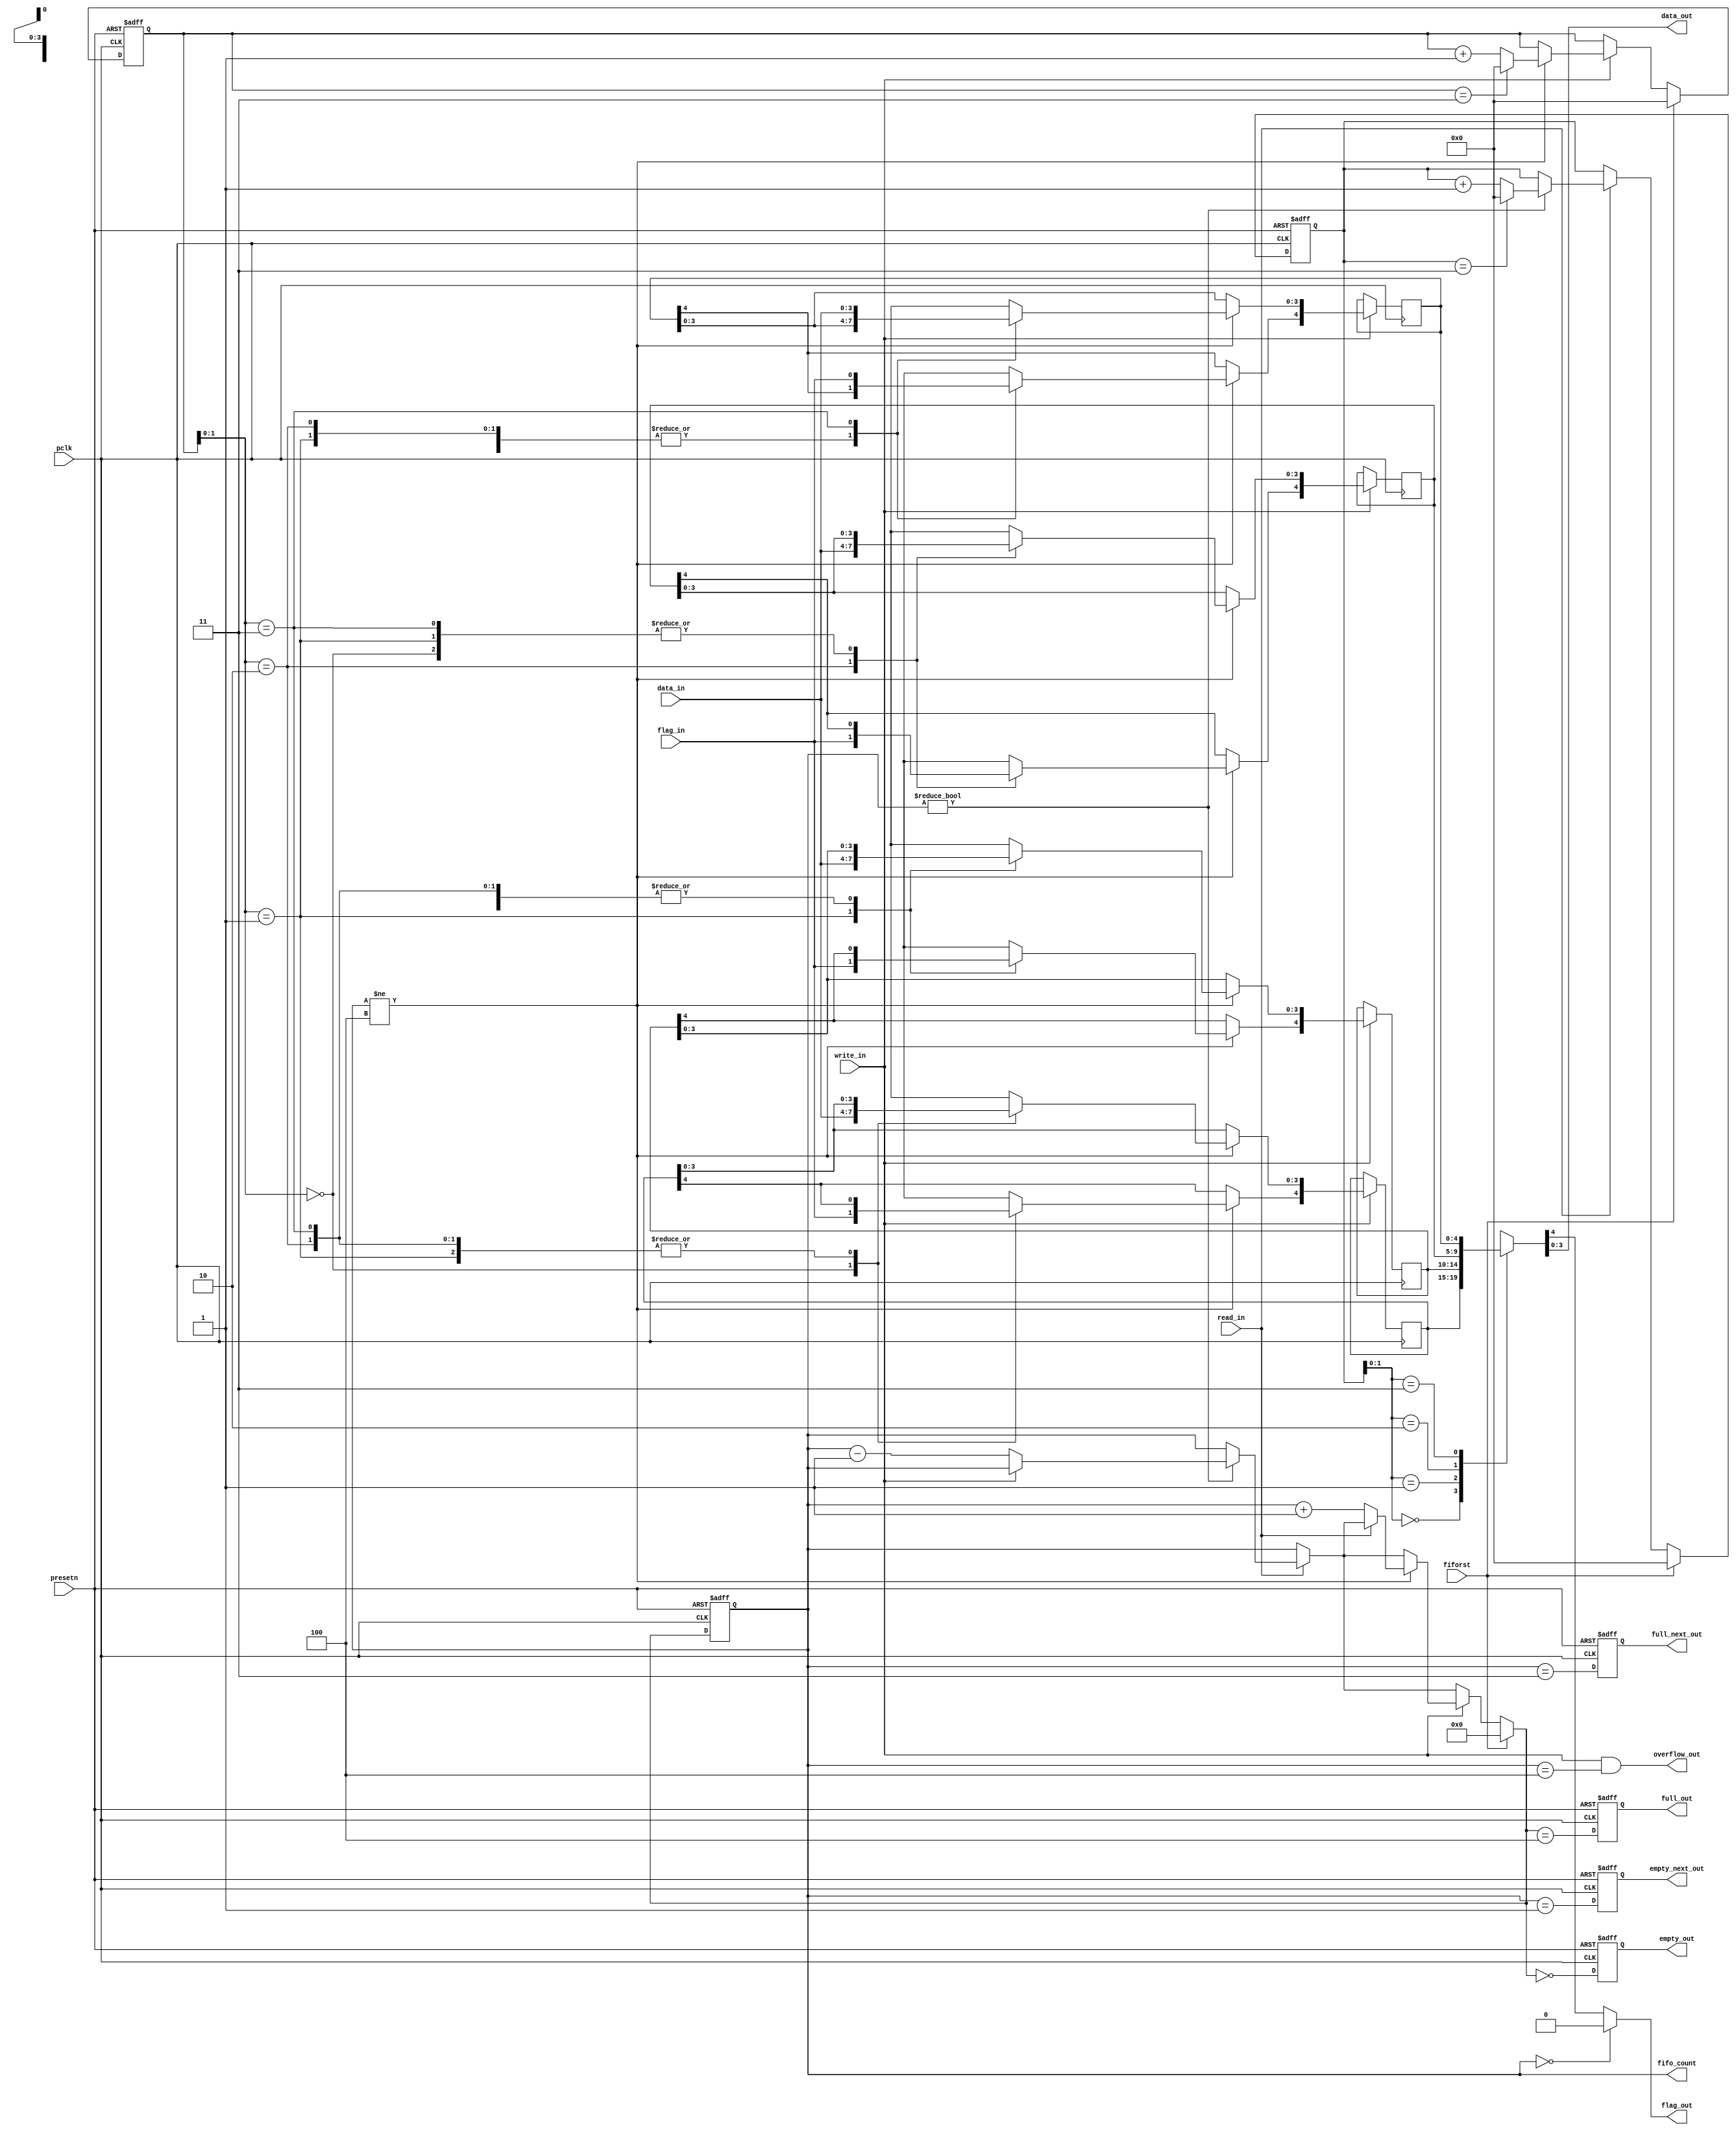
module spi_fifo(   pclk,           
                   presetn,        
                   fiforst,
                   //fifosize,      
                   data_in,       
                   flag_in,       
                   data_out,      
                   flag_out,      

                   read_in,       
                   write_in,      
                   
                   full_out,      
                   empty_out,     
                   full_next_out, 
                   empty_next_out,
                   overflow_out,  
                   fifo_count
                );

parameter CFG_FRAME_SIZE = 4;       // 4-32
parameter FIFO_DEPTH = 4;       // 2,4,8,16,32

                
input pclk;
input presetn;
input fiforst;
//input [1:0] fifosize;       
input [CFG_FRAME_SIZE-1:0] data_in;
input read_in;
input write_in;
input flag_in;


output [CFG_FRAME_SIZE-1:0] data_out;
output empty_out;
output full_out;
output empty_next_out;
output full_next_out;
output overflow_out;
output flag_out;
output [5:0] fifo_count;

   
reg [4:0] rd_pointer_d; 
reg [4:0] rd_pointer_q;        //read pointer address
reg [4:0] wr_pointer_d;
reg [4:0] wr_pointer_q;        //write pointer address
reg [5:0] counter_d;
reg [5:0] counter_q;           //counter 5 bits


reg [CFG_FRAME_SIZE:0] fifo_mem_d[0:FIFO_DEPTH-1];    //FIFO has extra flag bit (CFG_FRAME_SIZE + 1)
reg [CFG_FRAME_SIZE:0] fifo_mem_q[0:FIFO_DEPTH-1];
reg [CFG_FRAME_SIZE:0] data_out_dx;
reg [CFG_FRAME_SIZE:0] data_out_d;

reg full_out;       
reg empty_out;     
reg full_next_out;  
reg empty_next_out; 

// -----------------------------
// AS: replaced with fixed width
// -----------------------------

//localparam [1:0] FS4  = 2'b00;
//localparam [1:0] FS8  = 2'b01;
//localparam [1:0] FS16 = 2'b10;
//localparam [1:0] FS32 = 2'b11;
//
//
//// AS: replaced with parameter
////reg [5:0] FIFO_DEPTH;
//
//always @(posedge pclk or negedge presetn)    // Register as this feeds into lots of logic
//begin
//   if (~presetn)
//      FIFO_DEPTH <= 4;
//   else
//   begin
//      case (fifosize)
//             FS8   : FIFO_DEPTH <= 8;
//             FS16  : FIFO_DEPTH <= 16;
//             FS32  : FIFO_DEPTH <= 32;
//           default : FIFO_DEPTH <= 4;
//      endcase
//   end
//end
   

wire [CFG_FRAME_SIZE-1:0]  data_out  = data_out_d[CFG_FRAME_SIZE-1:0];
wire                   flag_out  = data_out_d[CFG_FRAME_SIZE];


assign overflow_out = (write_in && (counter_q == FIFO_DEPTH));        /* write and fifo full */


integer i;

//------------------------------------------------------------------------------------------------------------
//infer the FIFO   - no reset required

always @(posedge pclk)
 begin  
   for (i=0; i<FIFO_DEPTH; i=i+1)
      begin
         fifo_mem_q[i] <= fifo_mem_d[i];
      end
 end


//infer the registers and register the flags 
always @(posedge pclk or negedge presetn)
   begin
   if (~presetn)
     begin
       rd_pointer_q   <= 0;
       wr_pointer_q   <= 0;
       counter_q      <= 0;
       full_out       <= 0;
       empty_out      <= 1;
       full_next_out  <= 0;
       empty_next_out <= 0;
     end
   else
     begin
       rd_pointer_q   <= rd_pointer_d;
       wr_pointer_q   <= wr_pointer_d;
       counter_q      <= counter_d;
       full_out       <= (counter_d == FIFO_DEPTH); //is next pointer equal to fifo length
       empty_out      <= (counter_d == 0);
       full_next_out  <= (counter_q == FIFO_DEPTH-1);
       empty_next_out <= (counter_q == 1);
     end
   end


integer j;

always @(*)
begin  
   for (j=0; j<FIFO_DEPTH; j=j+1)    // Hold old values
      begin
         fifo_mem_d[j] = fifo_mem_q[j];
      end

   if (write_in)
      begin
        if (counter_q != FIFO_DEPTH)
          begin
          // -----------------------------------------
          // AS: replaced with fixed size (CFG_FRAME_SIZE)
          // -----------------------------------------
          fifo_mem_d[wr_pointer_q[4:0]][CFG_FRAME_SIZE-1:0] = data_in[CFG_FRAME_SIZE-1:0];
          fifo_mem_d[wr_pointer_q[4:0]][CFG_FRAME_SIZE] = flag_in;
          end
      end

   //Read - data out always available
   data_out_dx = fifo_mem_q[rd_pointer_q[4:0]];
end


// Perform extra read mux on Byte/Half wide reads
always @(*)
  begin
     // AS: removed Byte/Half wide read option
     // flag bits are zero if count zero
     data_out_d = data_out_dx[CFG_FRAME_SIZE:0];
     
     if (counter_q == 0) data_out_d[CFG_FRAME_SIZE] = 1'b0;

  end
   


// Pointers and Flags

always @(*)
   begin
   
     if (fiforst==1'b1)
     begin
        wr_pointer_d  = 5'b00000;
        rd_pointer_d  = 5'b00000;
        counter_d     = 6'b000000;
     end 
     else
     begin
       //defaults
       counter_d    = counter_q;
       rd_pointer_d = rd_pointer_q;
       wr_pointer_d = wr_pointer_q;
    
      if (read_in)
      begin
         if (counter_q != 0)   // ignore read when empty
         begin
            if (~write_in) //if not writing decrement count of the number of objects in fifo else count stays the same
               begin 
                  counter_d = counter_q - 1'b1;
               end
            // AS: Added limits for wrap-around
            if (rd_pointer_q == FIFO_DEPTH - 1)
              rd_pointer_d = 5'b00000;
            else   
              rd_pointer_d = rd_pointer_q + 1'b1; 
         end
            
      end //~read_n

      if (write_in)
      begin
         if (counter_q != FIFO_DEPTH) // ignore write when full
         begin
           if (~read_in)
            begin
               counter_d =  counter_q + 1'b1;
            end
            // AS: Added limits for wrap-around
            if (wr_pointer_q == FIFO_DEPTH-1)
              wr_pointer_d = 5'b00000;
            else
              wr_pointer_d = wr_pointer_q + 1'b1;
              
           end //~write_n
         end
     end
   end
      
wire [5:0] fifo_count = counter_q;

endmodule